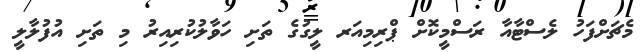
މެޗަށްފަހު ލެސްޓާއާ ރަސްމީކޮށް ޕްރިމިއަރ ލީގުގެ ތަށި ހަވާލުކުރިއިރު މި ތަށި އުފުލާލީ